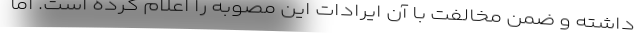
داشته و ضمن مخالفت با آن ایرادات این مصوبه را اعلام کرده است. اما